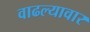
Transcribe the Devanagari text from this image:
वाढल्यावार